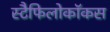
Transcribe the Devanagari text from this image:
स्टैफिलोकॉकस